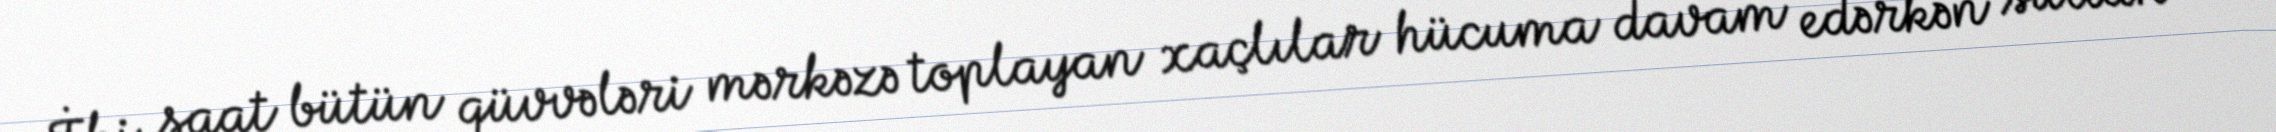
İki saat bütün qüvvələri mərkəzə toplayan xaçlılar hücuma davam edərkən sultan